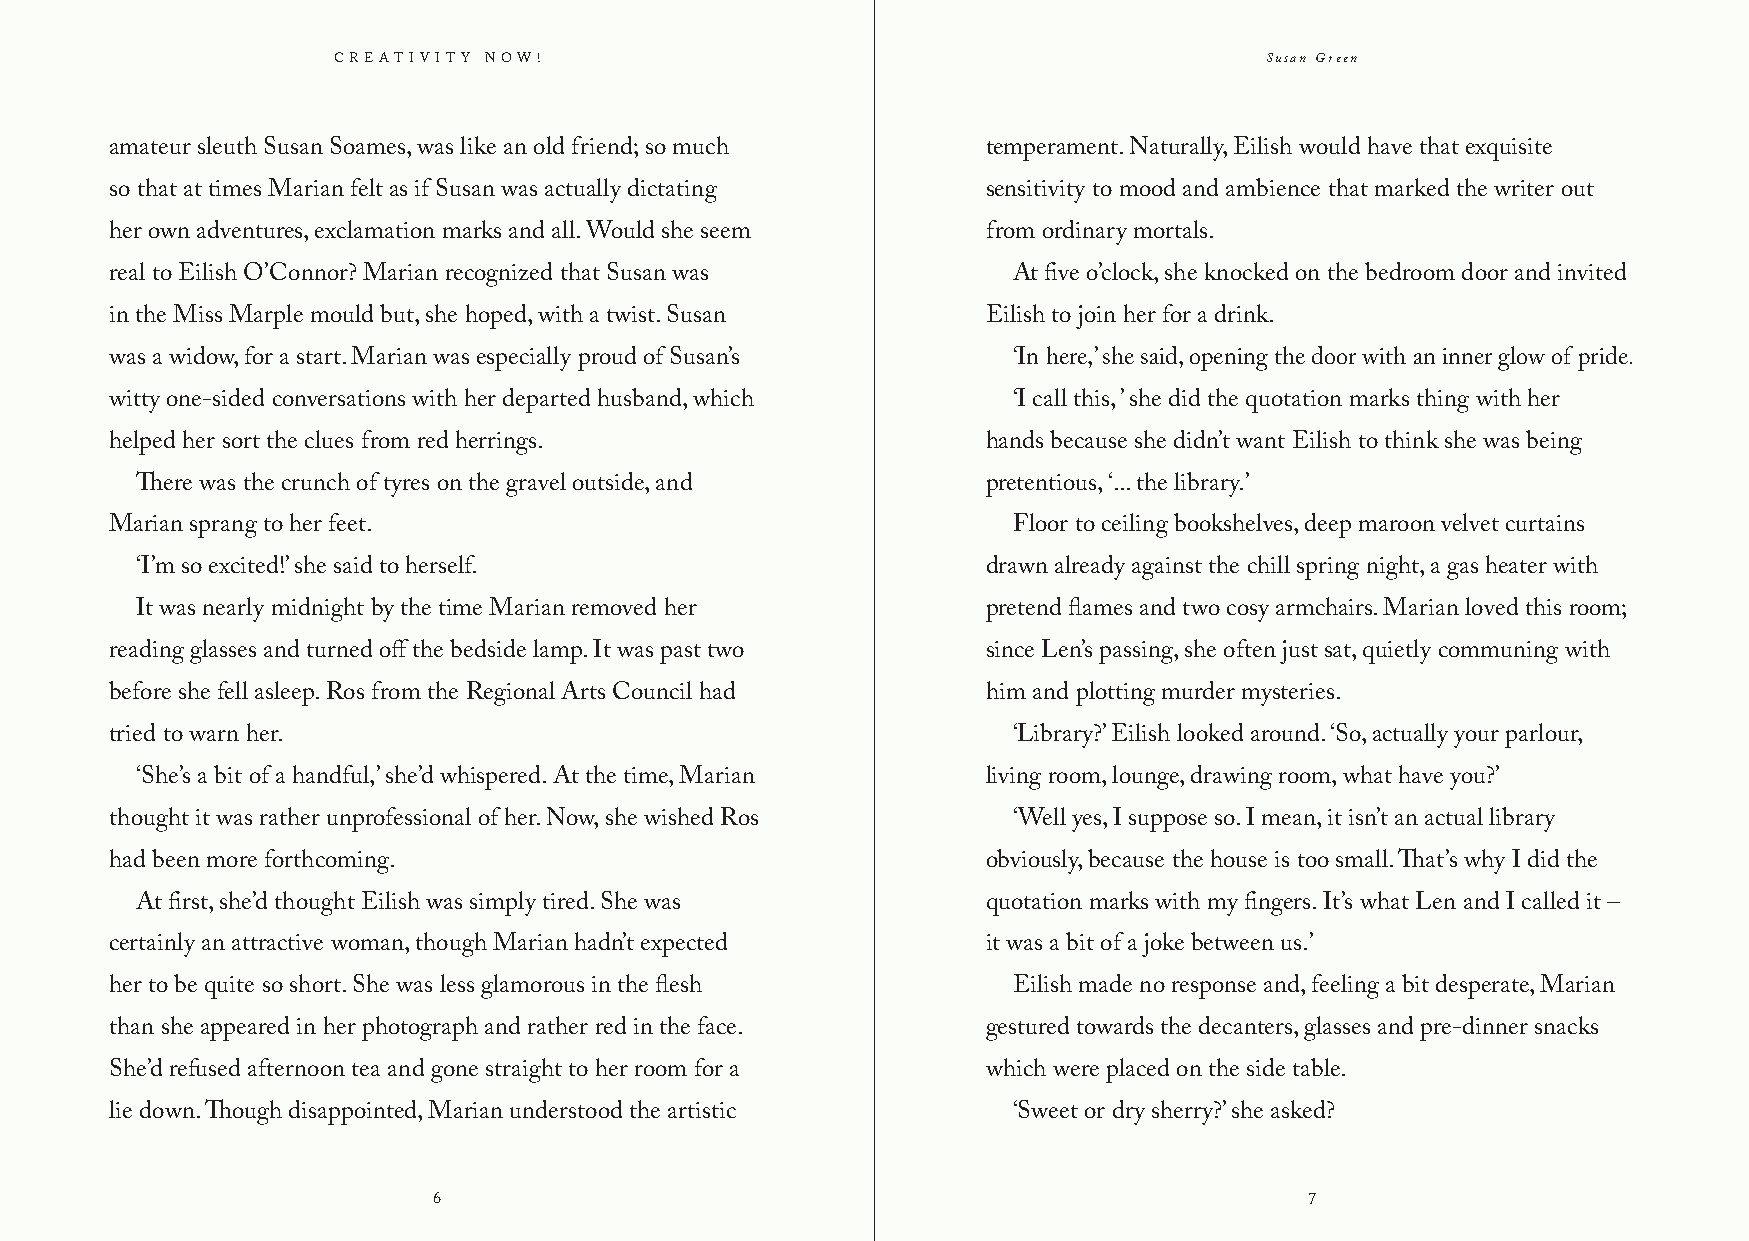
Creativity Now!                                               Susan Green
 amateur sleuth Susan Soames, was like an old friend; so much temperament. Naturally, Eilish would have that exquisite
 so that at times Marian felt as if Susan was actually dictating sensitivity to mood and ambience that marked the writer out
 her own adventures, exclamation marks and all. Would she seem from ordinary mortals.
 real to Eilish O’Connor? Marian recognized that Susan was   At five o’clock, she knocked on the bedroom door and invited
 in the Miss Marple mould but, she hoped, with a twist. Susan Eilish to join her for a drink.
 was a widow, for a start. Marian was especially proud of Susan’s ‘In here,’ she said, opening the door with an inner glow of pride.
 witty one-sided conversations with her departed husband, which ‘I call this, ’ she did the quotation marks thing with her
 helped her sort the clues from red herrings.              hands because she didn’t want Eilish to think she was being
 There was the crunch of tyres on the gravel outside, and pretentious, ‘... the library.’
 Marian sprang to her feet.                                  Floor to ceiling bookshelves, deep maroon velvet curtains
 ‘I’m so excited!’ she said to herself.                  drawn already against the chill spring night, a gas heater with
 It was nearly midnight by the time Marian removed her   pretend flames and two cosy armchairs. Marian loved this room;
 reading glasses and turned off the bedside lamp. It was past two since Len’s passing, she often just sat, quietly communing with
 before she fell asleep. Ros from the Regional Arts Council had him and plotting murder mysteries.
 tried to warn her.                                          ‘Library?’ Eilish looked around. ‘So, actually your parlour,
 ‘She’s a bit of a handful,’ she’d whispered. At the time, Marian living room, lounge, drawing room, what have you?’
 thought it was rather unprofessional of her. Now, she wished Ros ‘Well yes, I suppose so. I mean, it isn’t an actual library
 had been more forthcoming.                                obviously, because the house is too small. That’s why I did the
 At first, she’d thought Eilish was simply tired. She was quotation marks with my fingers. It’s what Len and I called it –
 certainly an attractive woman, though Marian hadn’t expected it was a bit of a joke between us.’
 her to be quite so short. She was less glamorous in the flesh Eilish made no response and, feeling a bit desperate, Marian
 than she appeared in her photograph and rather red in the face. gestured towards the decanters, glasses and pre-dinner snacks
 She’d refused afternoon tea and gone straight to her room for a which were placed on the side table.
 lie down. Though disappointed, Marian understood the artistic ‘Sweet or dry sherry?’ she asked?
 6                                                         7